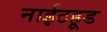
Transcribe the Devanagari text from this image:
नाईटहूड